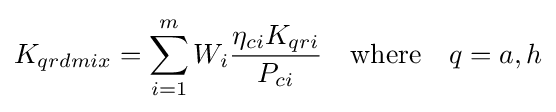
K_{qrdmix}=\sum _{i=1}^{m}W_{i}{\frac {\eta _{ci}K_{qri}}{P_{ci}}}\quad {\text{where}}\quad q=a,h